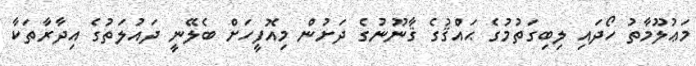
މަޢުލޫމާތު ހޯދައި ލިބިގަތުމުގެ ޙައްޤުގެ ޤާނޫނުގެ ދަށުން މިއޮފީހަށް ބެލޭނީ ދައުލަތުގެ އިދާރާތަކާ